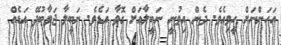
އަހަންނަށް ހީވިއެވެ. ދެން އިވުނީ ނަބީލާއަށް ގޮވާ އަޑެވެ. ނަބީލާ ޖަވާބުދޭ އަޑެއް